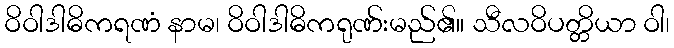
ဝိဝါဒါဓိကရဏံ နာမ၊ ဝိဝါဒါဓိကရုဏ်းမည်၏။ သီလဝိပတ္တိယာ ဝါ၊